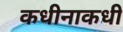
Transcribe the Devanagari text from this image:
कधीनाकधी